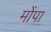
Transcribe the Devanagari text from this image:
मोंपा